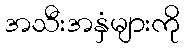
အသီးအနှံများကို